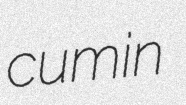
cumin